65_HS1-834228961_62-HQ-83894_Section_8
Agency: FBI
Page 172
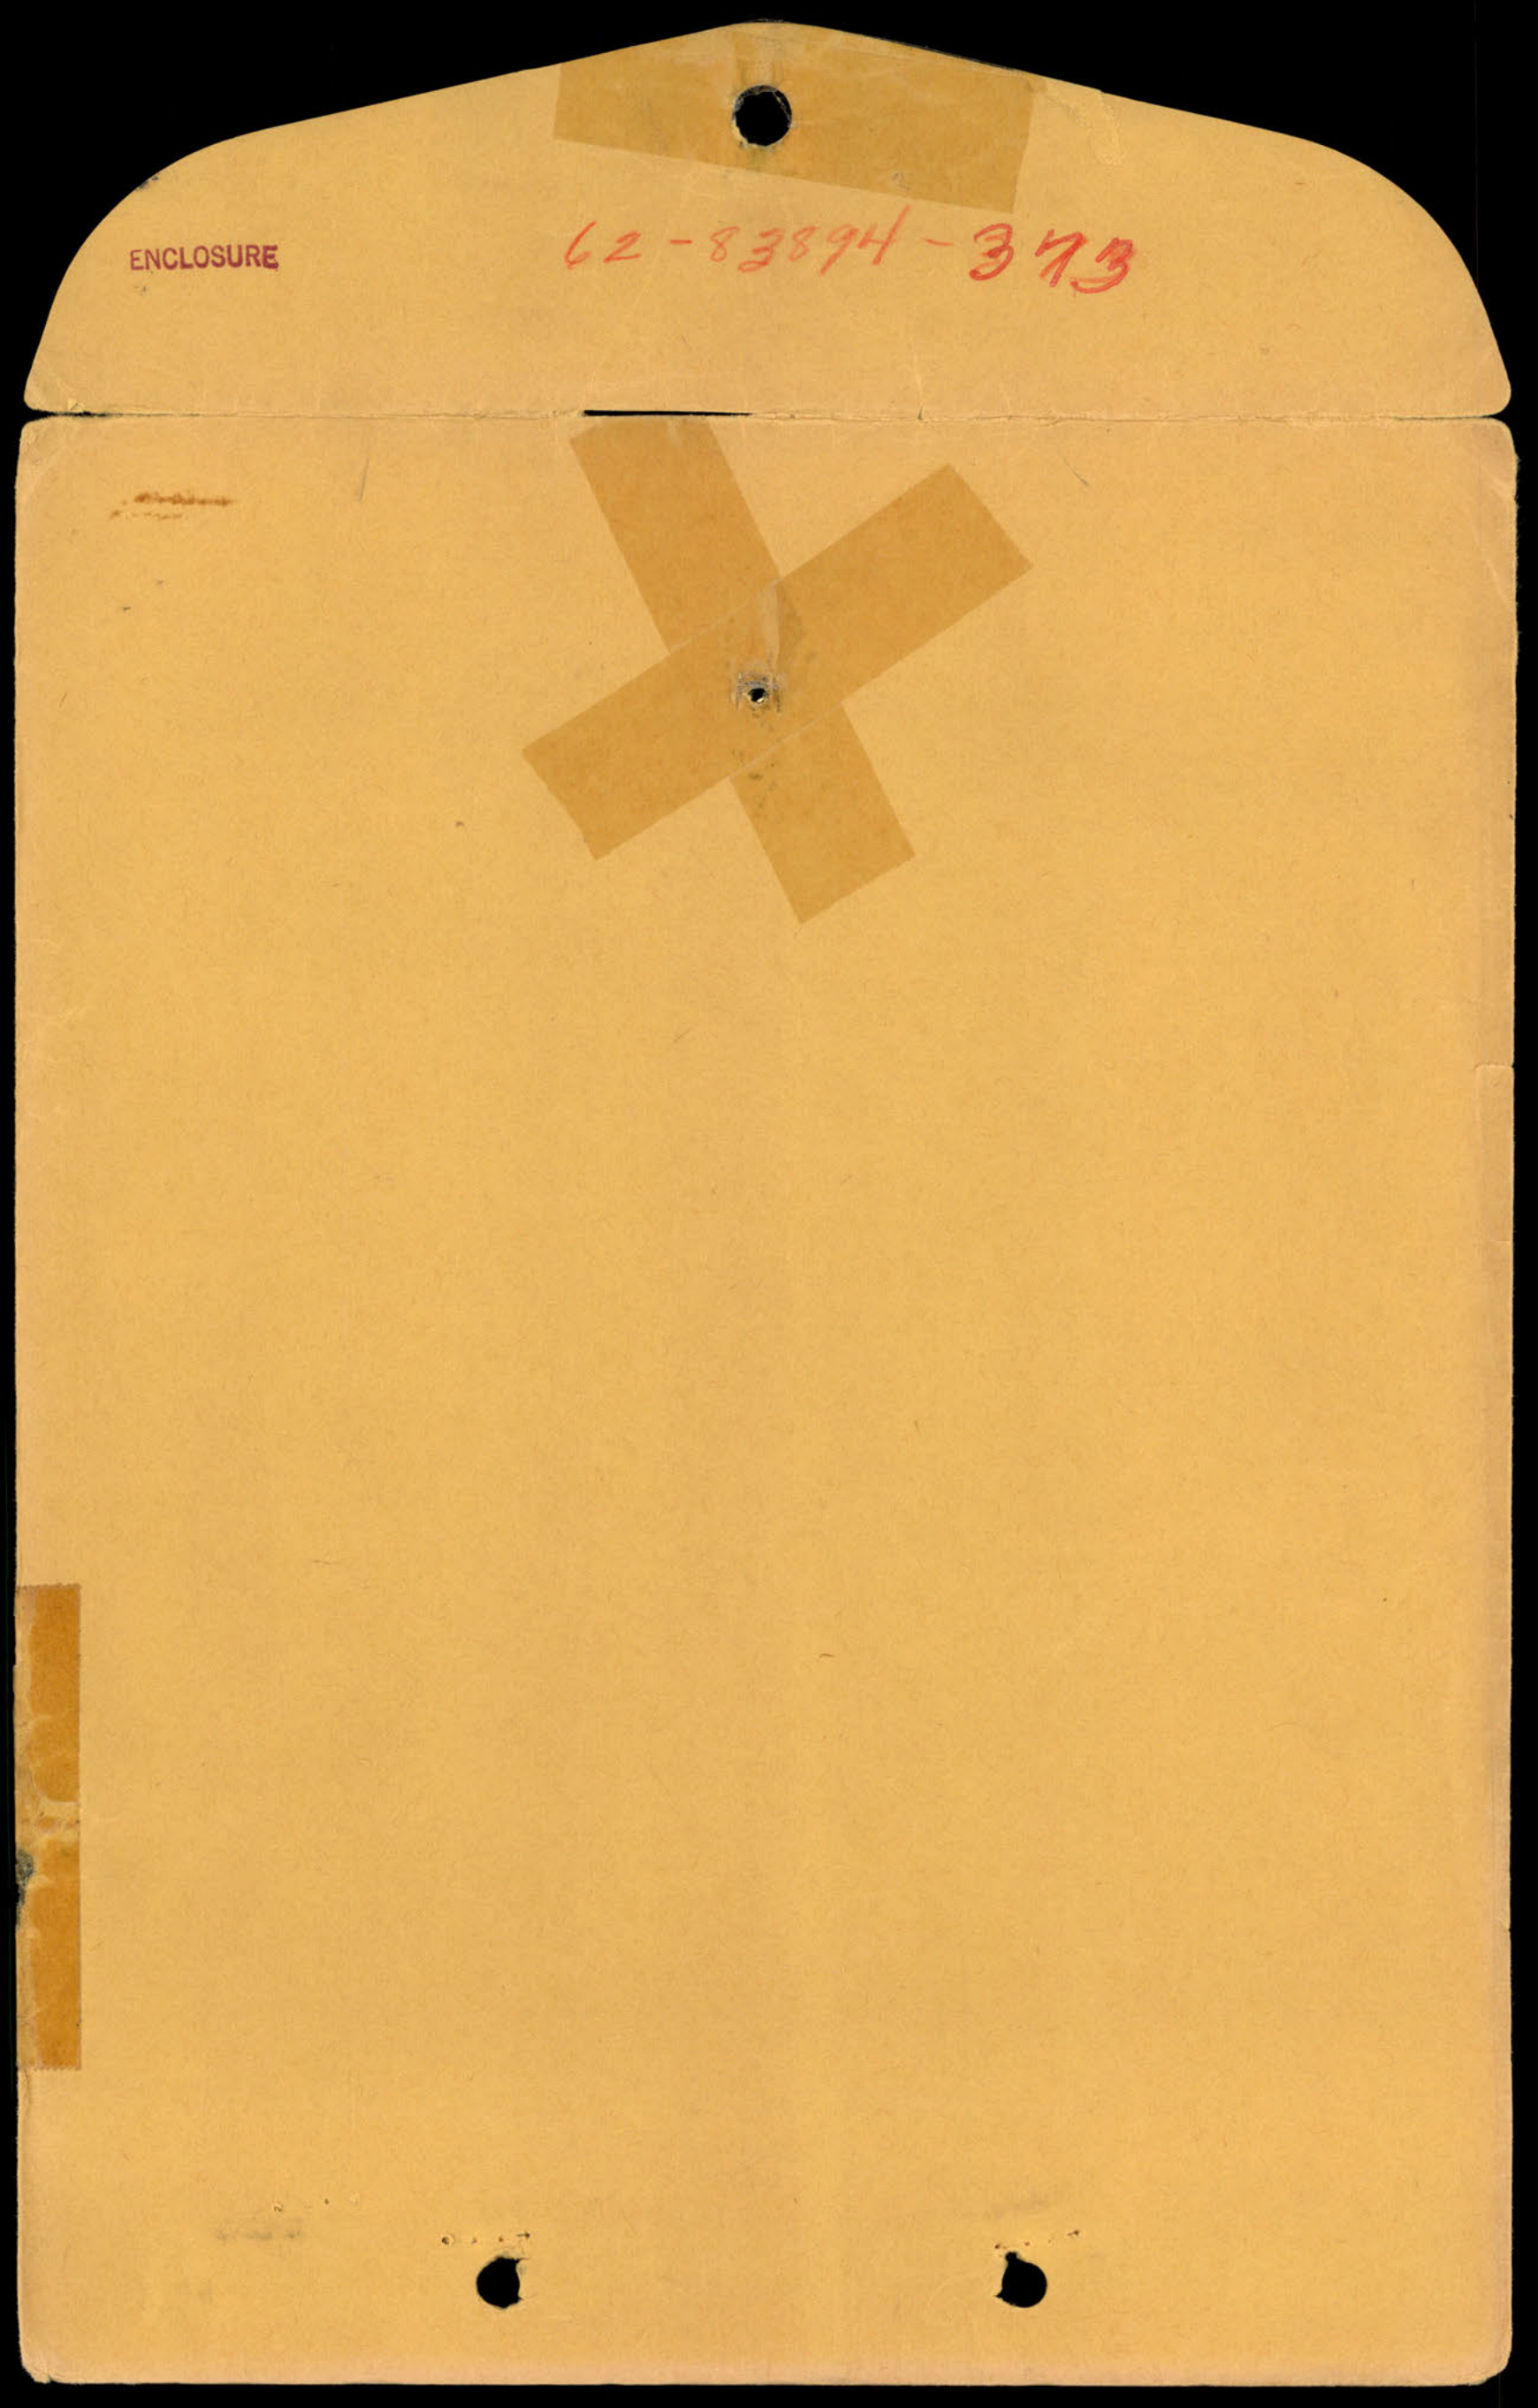